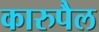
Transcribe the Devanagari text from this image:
कारुपैल